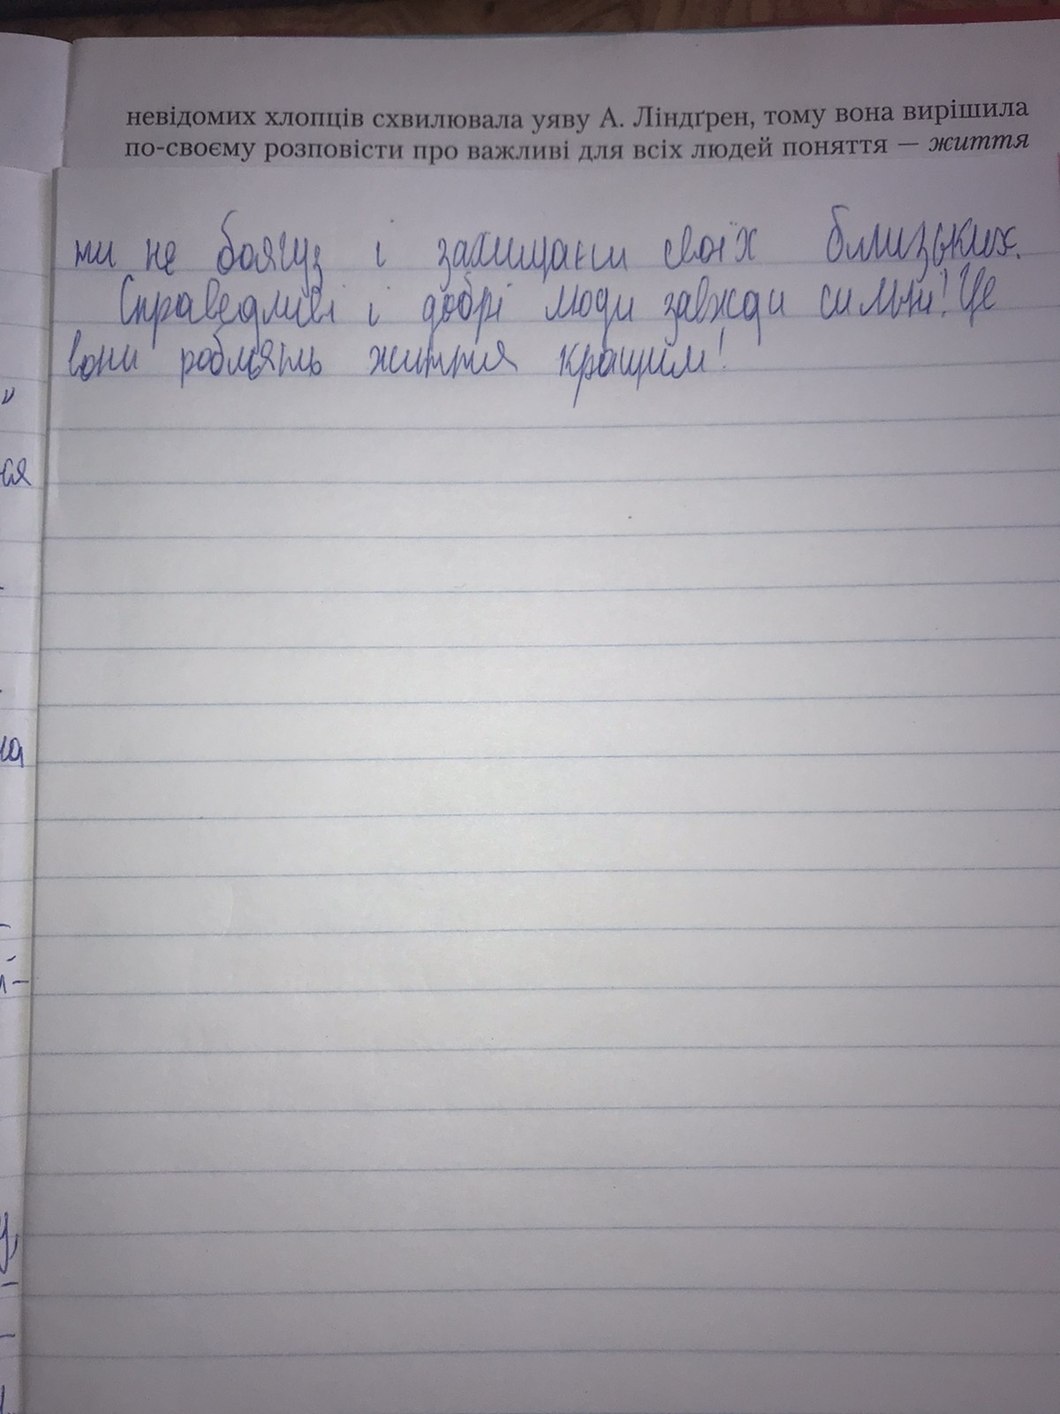
невідомих хлопців схвилювала уяву А. Ліндґрен, тому вона вирішила
по-своєму розповісти про важливі для всіх людей поняття — життя
ти не боягуз і захищаєш своїх близьких.
Справедливі і добрі люди завжди сильні? Це
вони роблять життя кращим!